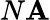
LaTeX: N\mathbf{A}